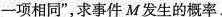
一项相同”，求事件M发生的概率.